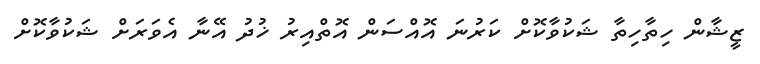
ޒީޝާން ހިތާހިތާ ޝަކުވާކޮށް ކަރުނަ އޮއްސަން އޮތްއިރު ޚުދު އޭނާ އެވަރަށް ޝަކުވާކޮށް